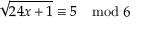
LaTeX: { \sqrt { 2 4 x + 1 } } \equiv 5 \mod 6